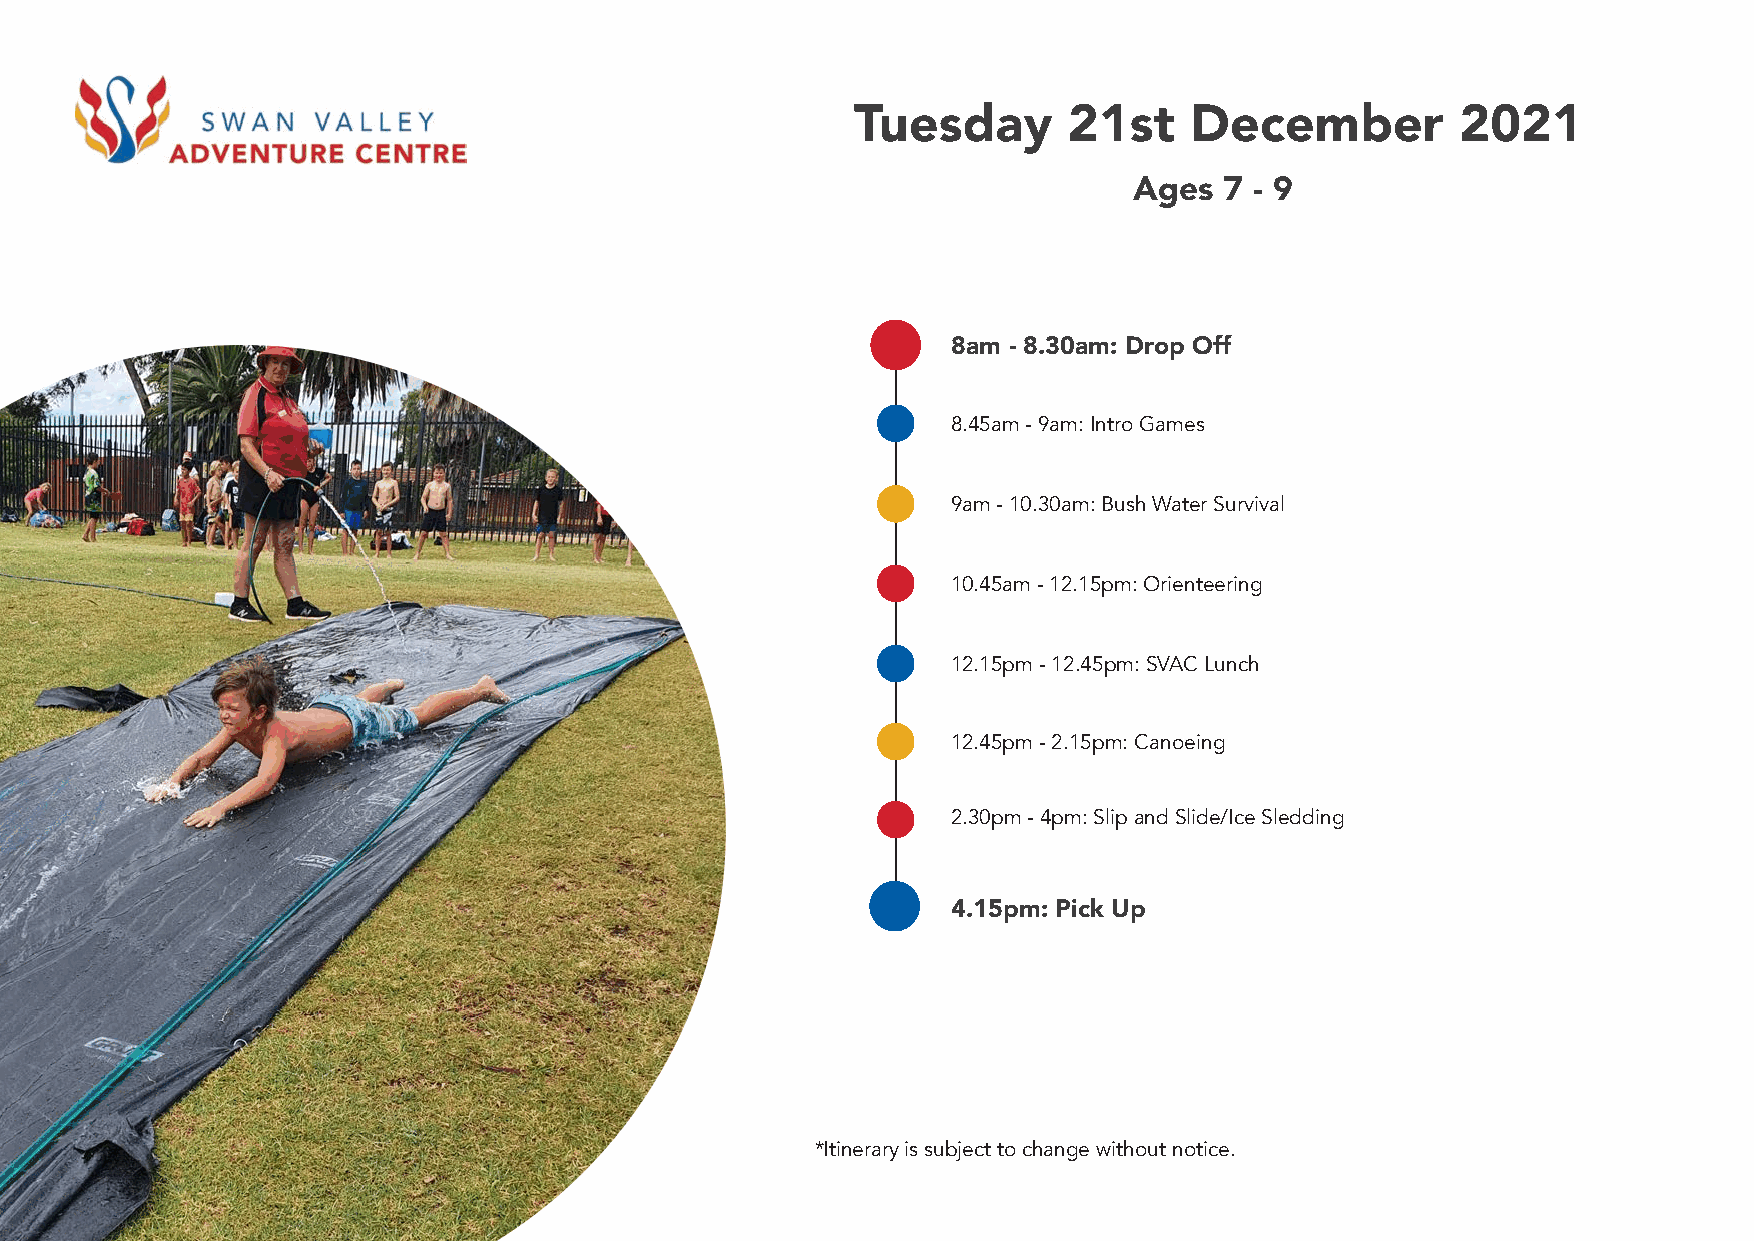
Tuesday       21st    December          2021
 Ages  7 - 9
 8am - 8.30am: Drop Off
 8.45am - 9am: Intro Games
 9am - 10.30am: Bush Water Survival
 10.45am - 12.15pm: Orienteering
 12.15pm - 12.45pm: SVAC Lunch
 12.45pm - 2.15pm: Canoeing
 2.30pm - 4pm: Slip and Slide/Ice Sledding
 4.15pm: Pick Up
 *Itinerary is subject to change without notice.